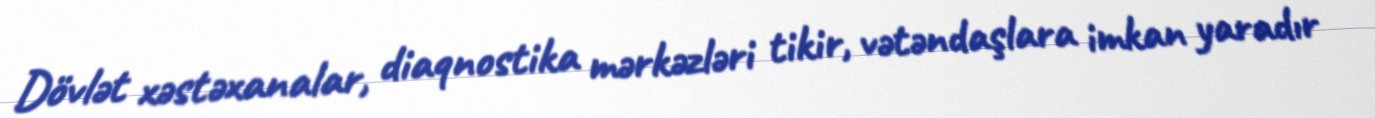
Dövlət xəstəxanalar, diaqnostika mərkəzləri tikir, vətəndaşlara imkan yaradır